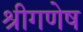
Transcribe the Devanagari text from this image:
श्रीगणेष